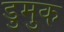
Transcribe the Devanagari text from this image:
डुमुक